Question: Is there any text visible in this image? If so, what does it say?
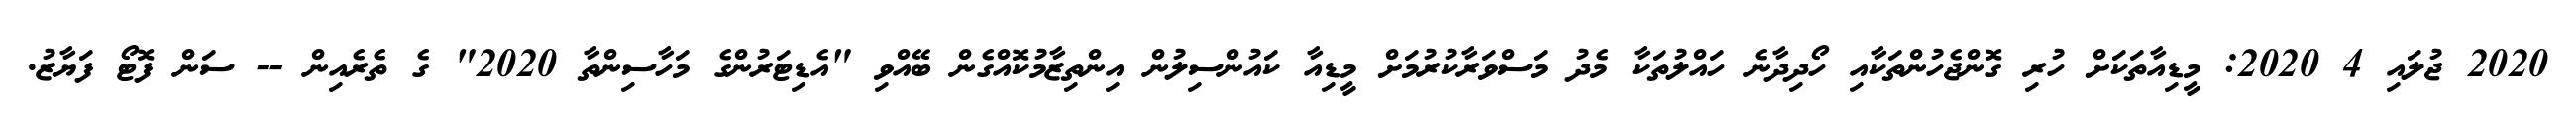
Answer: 2020 ޖުލައި 4 2020: މީޑިއާތަކަށް ހުރި ގޮންޖެހުންތަކާއި ހޯދިދާނެ ހައްލުތަކާ މެދު މަސްވަރާކުރުމަށް މީޑިއާ ކައުންސިލުން އިންތިޒާމުކޮއްގެން ބޭއްވި "އެޑިޓަރުންގެ މަހާސިންތާ 2020" ގެ ތެރެއިން -- ސަން ފޮޓޯ ފަޔާޒު.